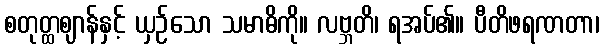
စတုတ္ထဈာန်နှင့် ယှဉ်သော သမာဓိကို။ လဗ္ဘတိ၊ ရအပ်၏။ ပီတိဖရဏတာ၊